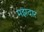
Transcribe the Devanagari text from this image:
मझदार